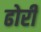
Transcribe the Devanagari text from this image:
ढोरी